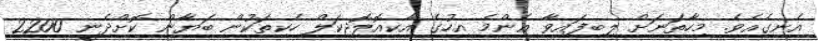
އެނގެއެވެ. މިހާތަނަށް ލިބިފައިވާ އެންމެ އިހުގެ އާކިއޮލޮޖިކަލް ހެކިތަކުން ބަޔާން ކޮށްދެނީ 2200